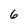
Character: 6